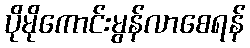
ပိုမိုကောင်းမွန်လာစေရန်